Document type: Sale
Year: 1355
Scribe: Pere Borrell
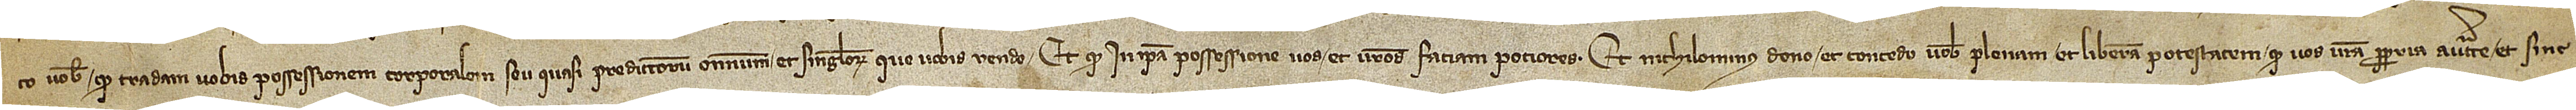
to vobis quod tradam vobis possessionem corporalem seu quasi predictorum omnium et singulorum que vobis vendo, et quod in ipsa possessione vos et vestros faciam potiores. Et nichilominus dono et concedo vobis plenam et liberam potestatem quod vos vestra propria auctoritate et sine